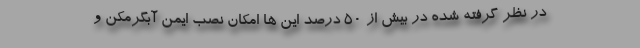
در نظر گرفته شده در بیش از ۵۰ درصد این ها امکان نصب ایمن آبگرمکن و